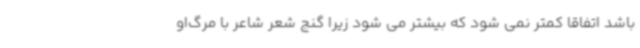
باشد اتفاقا کمتر نمی شود که بیشتر می شود زیرا گنج شعر شاعر با مرگ‌او